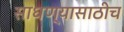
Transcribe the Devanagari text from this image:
साधण्यासाठीच